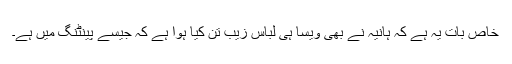
خاص بات یہ ہے کہ ہانیہ نے بھی ویسا ہی لباس زیب تن کیا ہوا ہے کہ جیسے پینٹنگ میں ہے۔